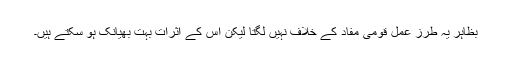
بظاہر یہ طرز عمل قومی مفاد کے خلاف نہیں لگتا لیکن اس کے اثرات بہت بھیانک ہو سکتے ہیں۔